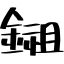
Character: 鎺